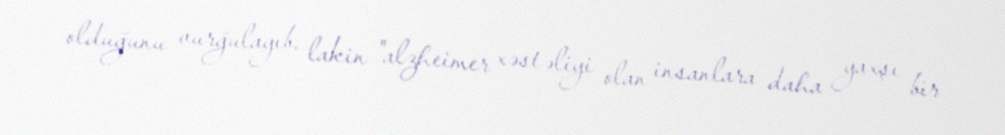
olduğunu vurğulayıb, lakin "alzheimer xəstəliyi olan insanlara daha yaxşı bir